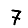
Digit: 7